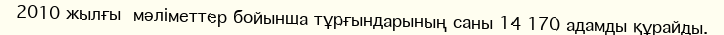
2010 жылғы  мәліметтер бойынша тұрғындарының саны 14 170 адамды құрайды.